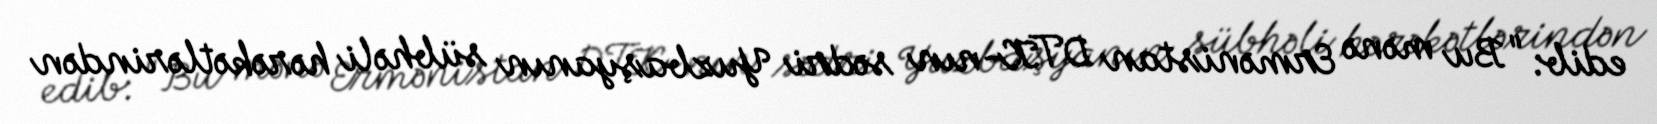
edib: "Bu mənə Ermənistan DTK-nın sədri Yuzbaşyanın sübhəli hərəkətlərindən